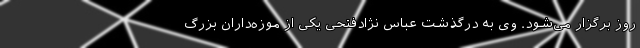
روز برگزار می‌شود. وی به درگذشت عباس نژادفتحی یکی از موزه‌داران بزرگ